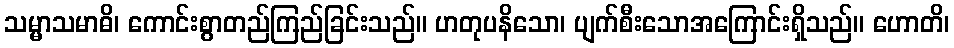
သမ္မာသမာဓိ၊ ကောင်းစွာတည်ကြည်ခြင်းသည်။ ဟတုပနိသော၊ ပျက်စီးသောအကြောင်းရှိသည်။ ဟောတိ၊